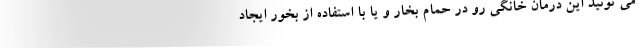
می تونید این درمان خانگی رو در حمام بخار و یا با استفاده از بخور ایجاد